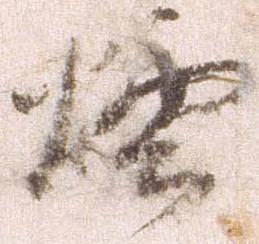
煙